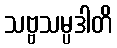
သဗ္ဗသမ္ပဒါတိ